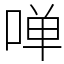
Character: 啴